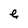
Character: e